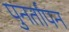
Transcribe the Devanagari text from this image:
पुनर्तापन